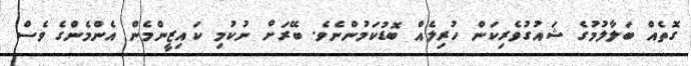
ގޮތެއް ބަލާލުމުގެ ޝައުގުވެރިކަން ހުރިލެއް ބޮޑުކަމުންނެވެ. ބޭރަށް ނުކުމި ކައިޒީންމެން އެންމެންގެ ވެސް